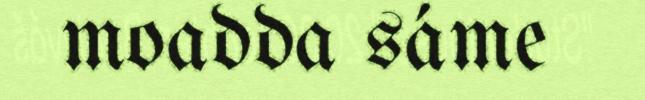
moadda sáme